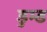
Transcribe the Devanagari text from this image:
डुम्ड